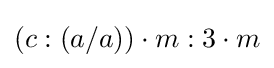
(c:(a/a))\cdot m:3\cdot m